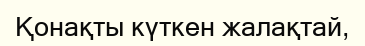
Қонақты күткен жалақтай,